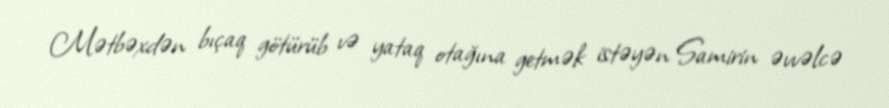
Mətbəxdən bıçaq götürüb və yataq otağına getmək istəyən Samirin əvvəlcə